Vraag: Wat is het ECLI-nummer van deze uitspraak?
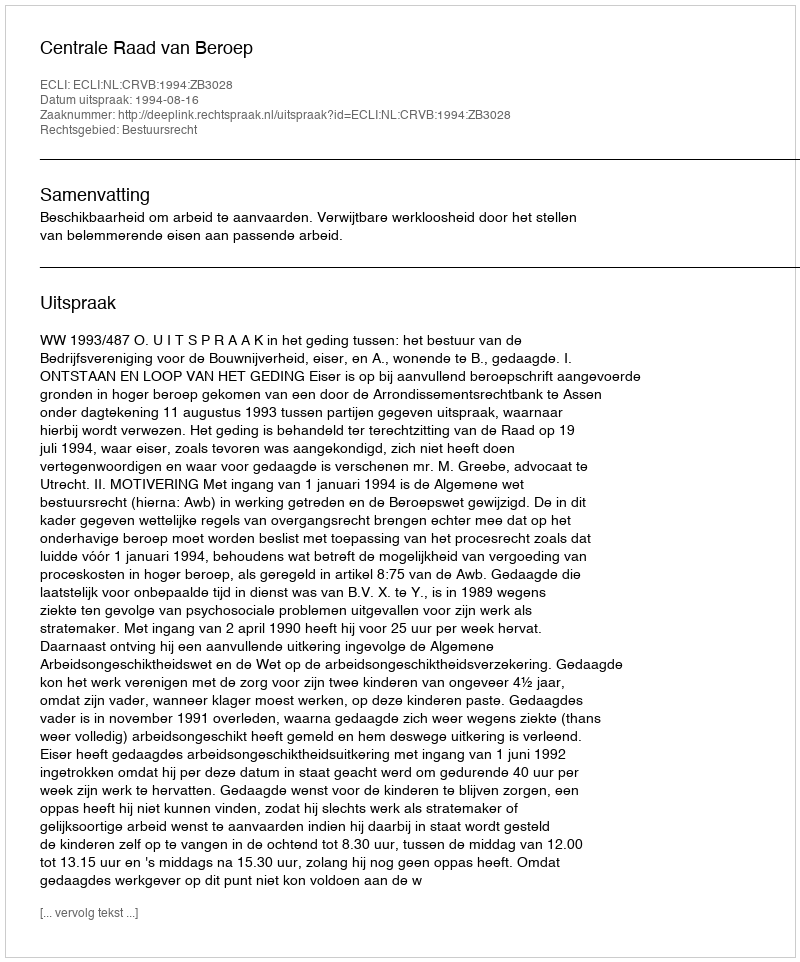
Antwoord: ECLI:NL:CRVB:1994:ZB3028